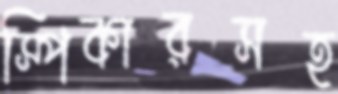
স্পিকারসহ